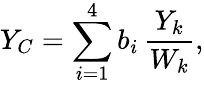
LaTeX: Y_{C}=\sum_{i=1}^{4}b_{i}\, \frac{Y_{k}}{W_{k}},